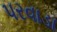
પરવાડા